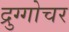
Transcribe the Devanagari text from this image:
द्रुग्गोचर